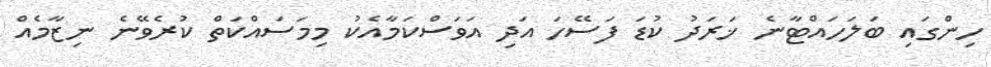
ހިންގައި ބަލަހައްޓާނެ ޚަރަދު ކުޑަ ފަސޭހަ އަދި އަވަސްކަމާއެކު މިމަސައްކަތް ކުރެވޭނެ ނިޒާމެއް